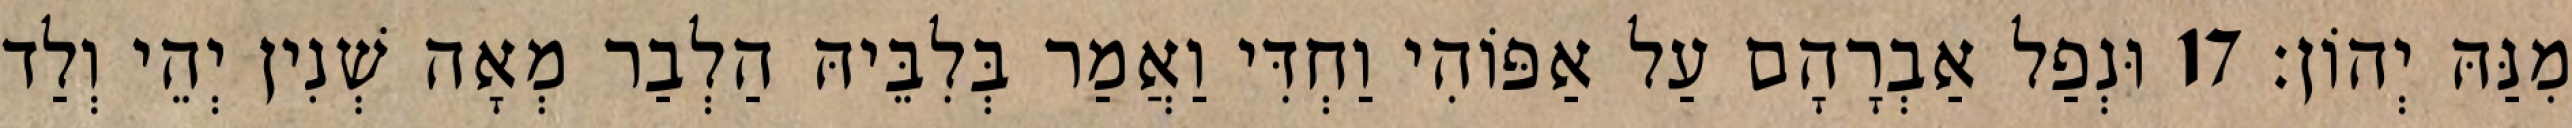
מִנַּהּ יְהוֹן׃ 17 וּנְפַל אַבְרָהָם עַל אַפּוֹהִי וַחְדִּי וַאֲמַר בְּלִבֵּיהּ הַלְבַר מְאָה שְׁנִין יְהֵי וְלַד